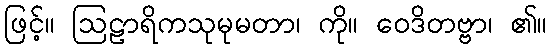
ဖြင့်။ ဩဠာရိကသုမုမတာ၊ ကို။ ဝေဒိတဗ္ဗာ၊ ၏။